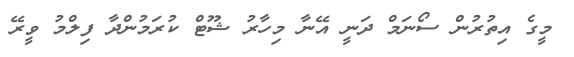
މީގެ އިތުރުން ސޯނަމް ދަނީ އޭނާ މިހާރު ޝޫޓް ކުރަމުންދާ ފިލްމު ވީރޭ